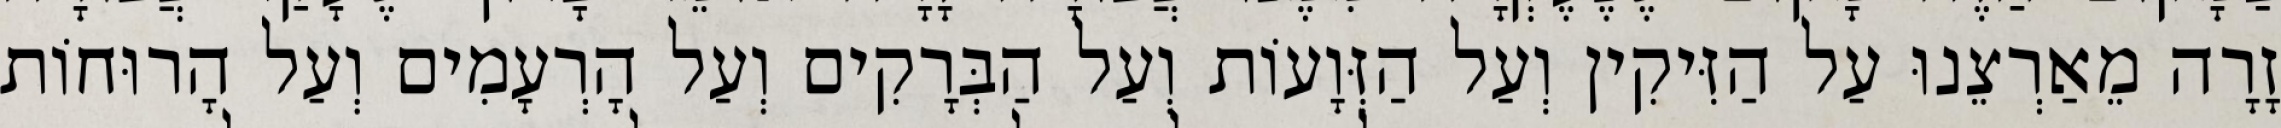
זָרָה מֵאַרְצֵנוּ עַל הַזִּיקִין וְעַל הַזְּוָעוֹת וְעַל הַבְּרָקִים וְעַל הָרְעָמִים וְעַל הָרוּחוֹת